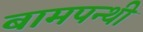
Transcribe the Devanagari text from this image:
बामपन्थी